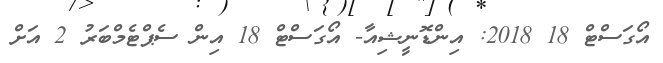
އޯގަސްޓް 18 2018: އިންޑޮނީޝިއާ- އޯގަސްޓް 18 އިން ސެޕްޓެމްބަރު 2 އަށް